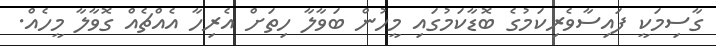
ގާސިމަކީ ފައިސާވެރިކަމުގެ ބޮޑާކަމުގައި މީހުން ބަވާލާ ހިތަށް އެރިހާ އެއްޗެއް ގޮވާލާ މީހެއް.